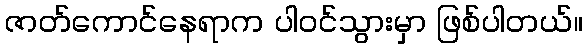
ဇာတ်ကောင်နေရာက ပါဝင်သွားမှာ ဖြစ်ပါတယ်။